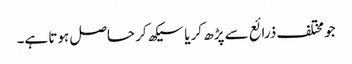
جو مختلف ذرائع سے پڑھ کر یا سیکھ کر حاصل ہوتا ہے۔